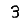
Digit: 3